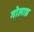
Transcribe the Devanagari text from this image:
गोलाध्र